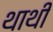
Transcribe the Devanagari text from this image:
थाथी